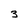
Character: 3